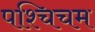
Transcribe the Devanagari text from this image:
पश्चिचम